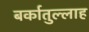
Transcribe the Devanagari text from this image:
बर्कातुल्लाह